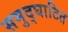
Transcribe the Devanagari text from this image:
समुद्घाटित